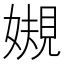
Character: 𫱟